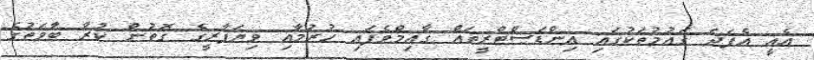
އެއީ އެފަދަ ގައުމުތަކުގައި އިންޑަސްޓްރީތައް ގާއިމްވެފައި ހުރުމާއި ވިޔަފާރީގެ ގޮތުން ކުރާ ބާވަތުގެ